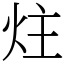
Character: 炷